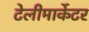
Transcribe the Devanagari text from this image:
टेलीमार्केटर